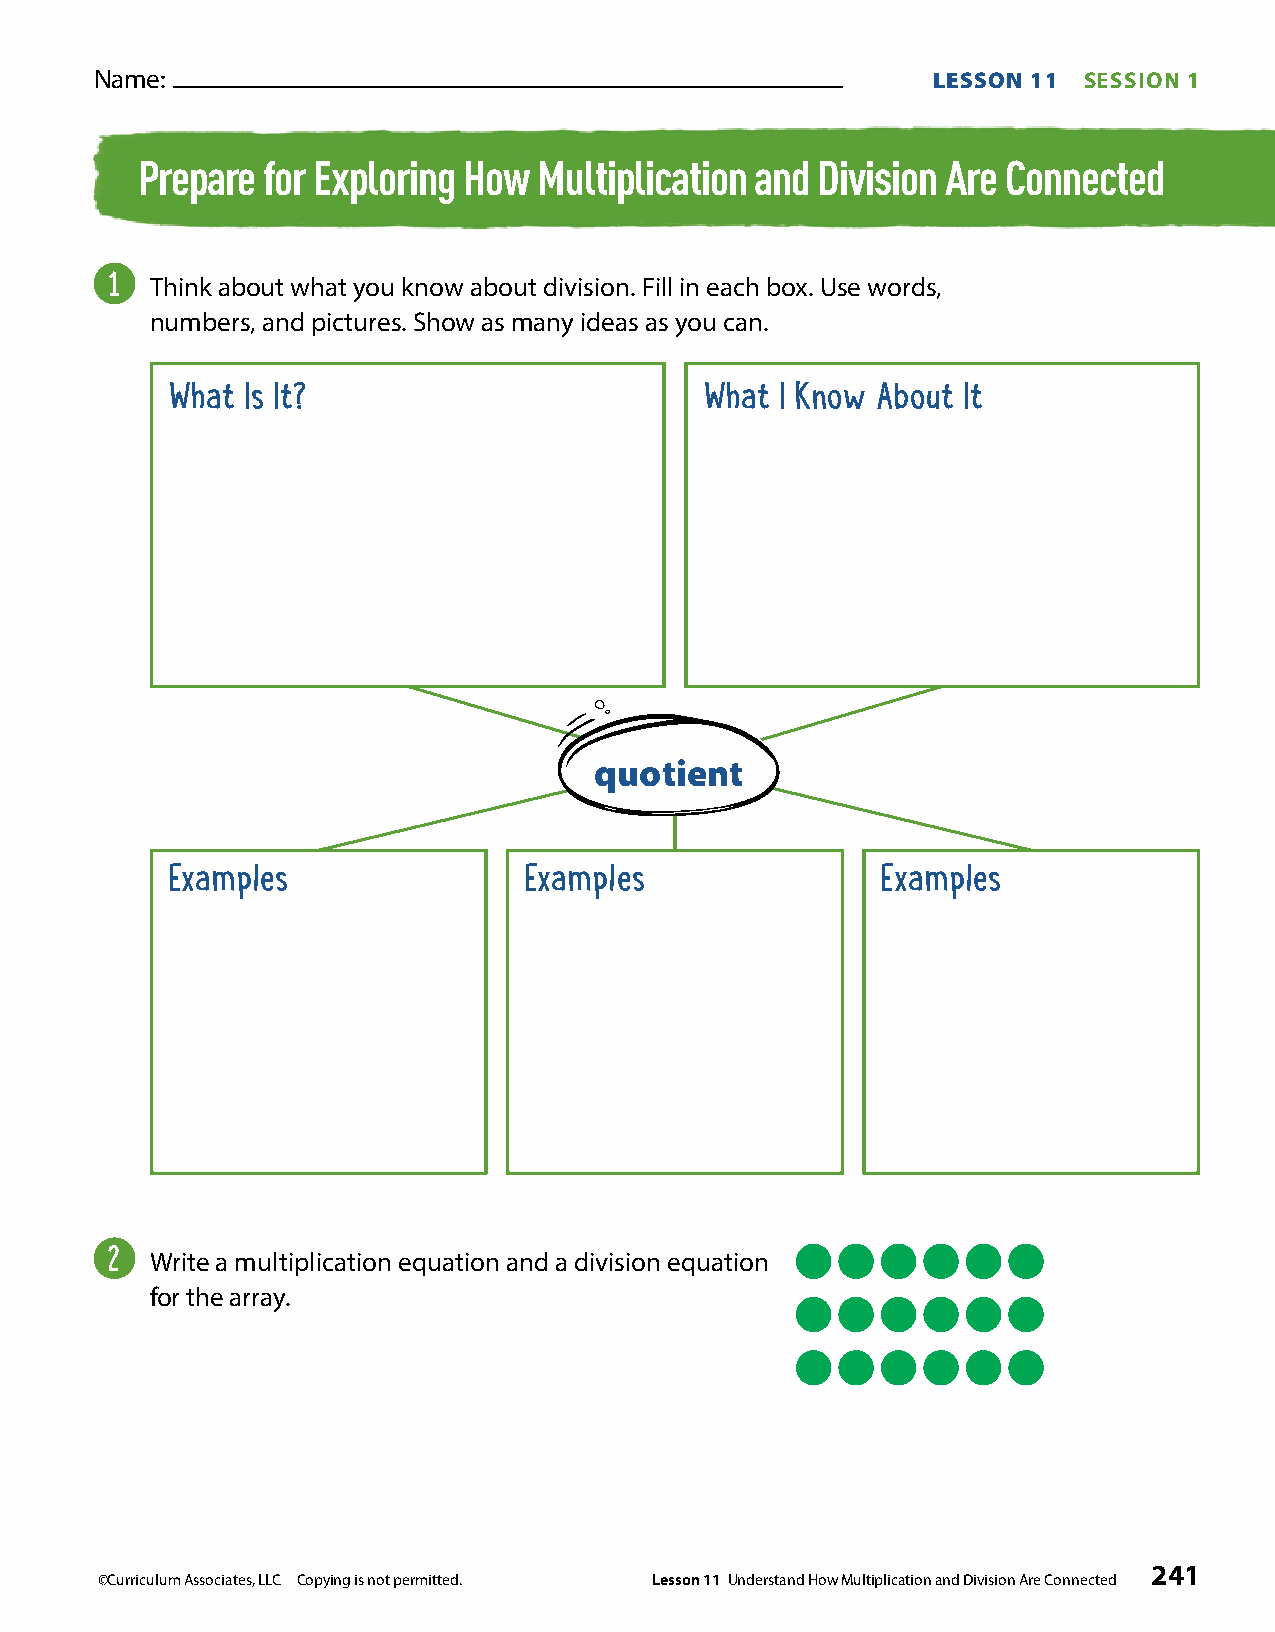
Name:                                                   LESSON 11 SESSION 1
 Prepare for Exploring How  Multiplication and Division Are Connected
 1
 Think about what you know about division. Fill in each box. Use words,
 numbers, and pictures. Show as many ideas as you can.
 What Is It?                         What I Know About It
 quotient
 Examples                Examples               Examples
 2
 Write a multiplication equation and a division equation
 for the array.
 241
 ©Curriculum Associates, LLC Copying is not permitted. Lesson 11 Understand How Multiplication and Division Are Connected